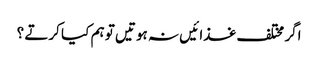
اگر مختلف غذا ئیں نہ ہوتیں تو ہم کیا کرتے ؟